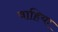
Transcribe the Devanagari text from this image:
वाहिया